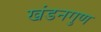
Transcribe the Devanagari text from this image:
खंडनगुण